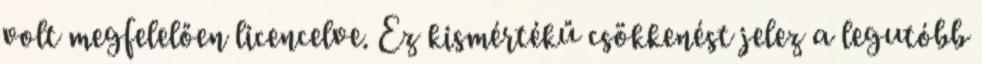
volt megfelelően licencelve. Ez kismértékű csökkenést jelez a legutóbb